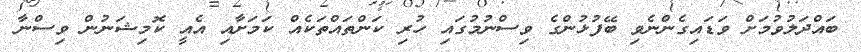
ބައްދަލުވުމަށް ވަޑައިގެންނެވި ބޭފުޅުންގެ ވިސްނުމުގައި ހުރި ކަންތައްތަކެއް ކަމަށާއި އެއީ ކޮމިޝަނުން ވިސްނާ